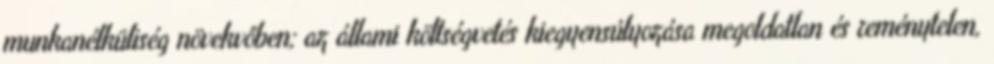
munkanélküliség növekvőben; az állami költségvetés kiegyensúlyozása megoldatlan és reménytelen,